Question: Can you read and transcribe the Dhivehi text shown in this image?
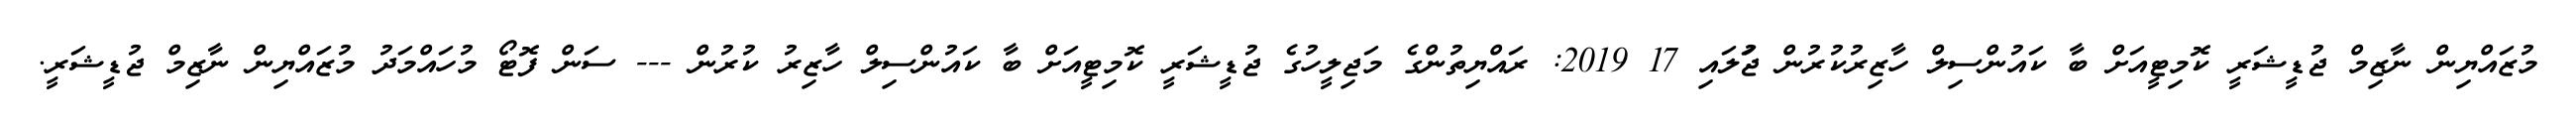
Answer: މުޒައްޔިން ނާޒިމް ޖުޑީޝަރީ ކޮމިޓީއަށް ބާ ކައުންސިލް ހާޒިރުކުރުން ޖުަލައި 17 2019: ރައްޔިތުންގެ މަޖިލީހުގެ ޖުޑީޝަރީ ކޮމިޓީއަށް ބާ ކައުންސިލް ހާޒިރު ކުރުން --- ސަން ފޮޓޯ މުހައްމަދު މުޒައްޔިން ނާޒިމް ޖުޑީޝަރީ.